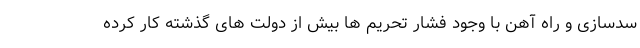
سدسازی و راه آهن با وجود فشار تحریم ها بیش از دولت های گذشته کار کرده